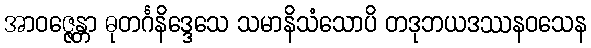
အာဝဇ္ဇေန္တာ ဓုတင်္ဂနိဒ္ဒေသေ သမာနိသံသောပိ တဒုဘယဒဿနဝသေန